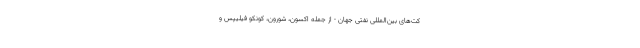
کت‌های بین‌المللی نفتی جهان - از جمله اکسون، شورون، کونکو فیلیپس و